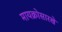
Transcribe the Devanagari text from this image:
मायक्रोसारखे